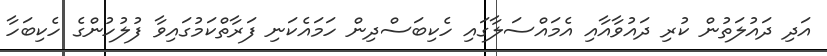
އަދި ދައުލަތުން ކުރި ދައުވާއާއި އެމައްސަލާގައި ހެކިބަސްދިން ހަމައެކަނި ފަރާތްކަމުގައިވާ ފުލުހުންގެ ހެކިބަހާ